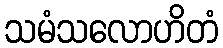
သမံသလောဟိတံ